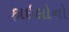
ફાઇલોનો